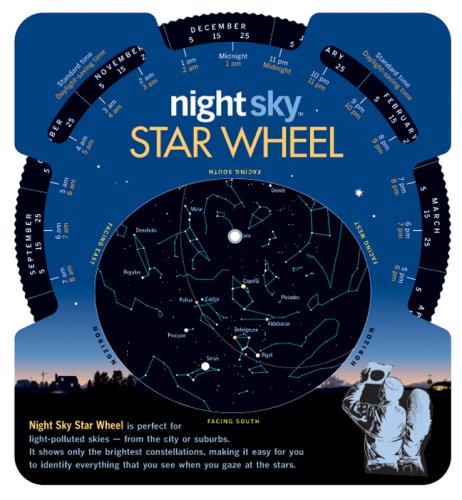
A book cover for Night SkyÂ® Star Wheel; Science & Math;